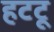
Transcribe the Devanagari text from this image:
हटटू